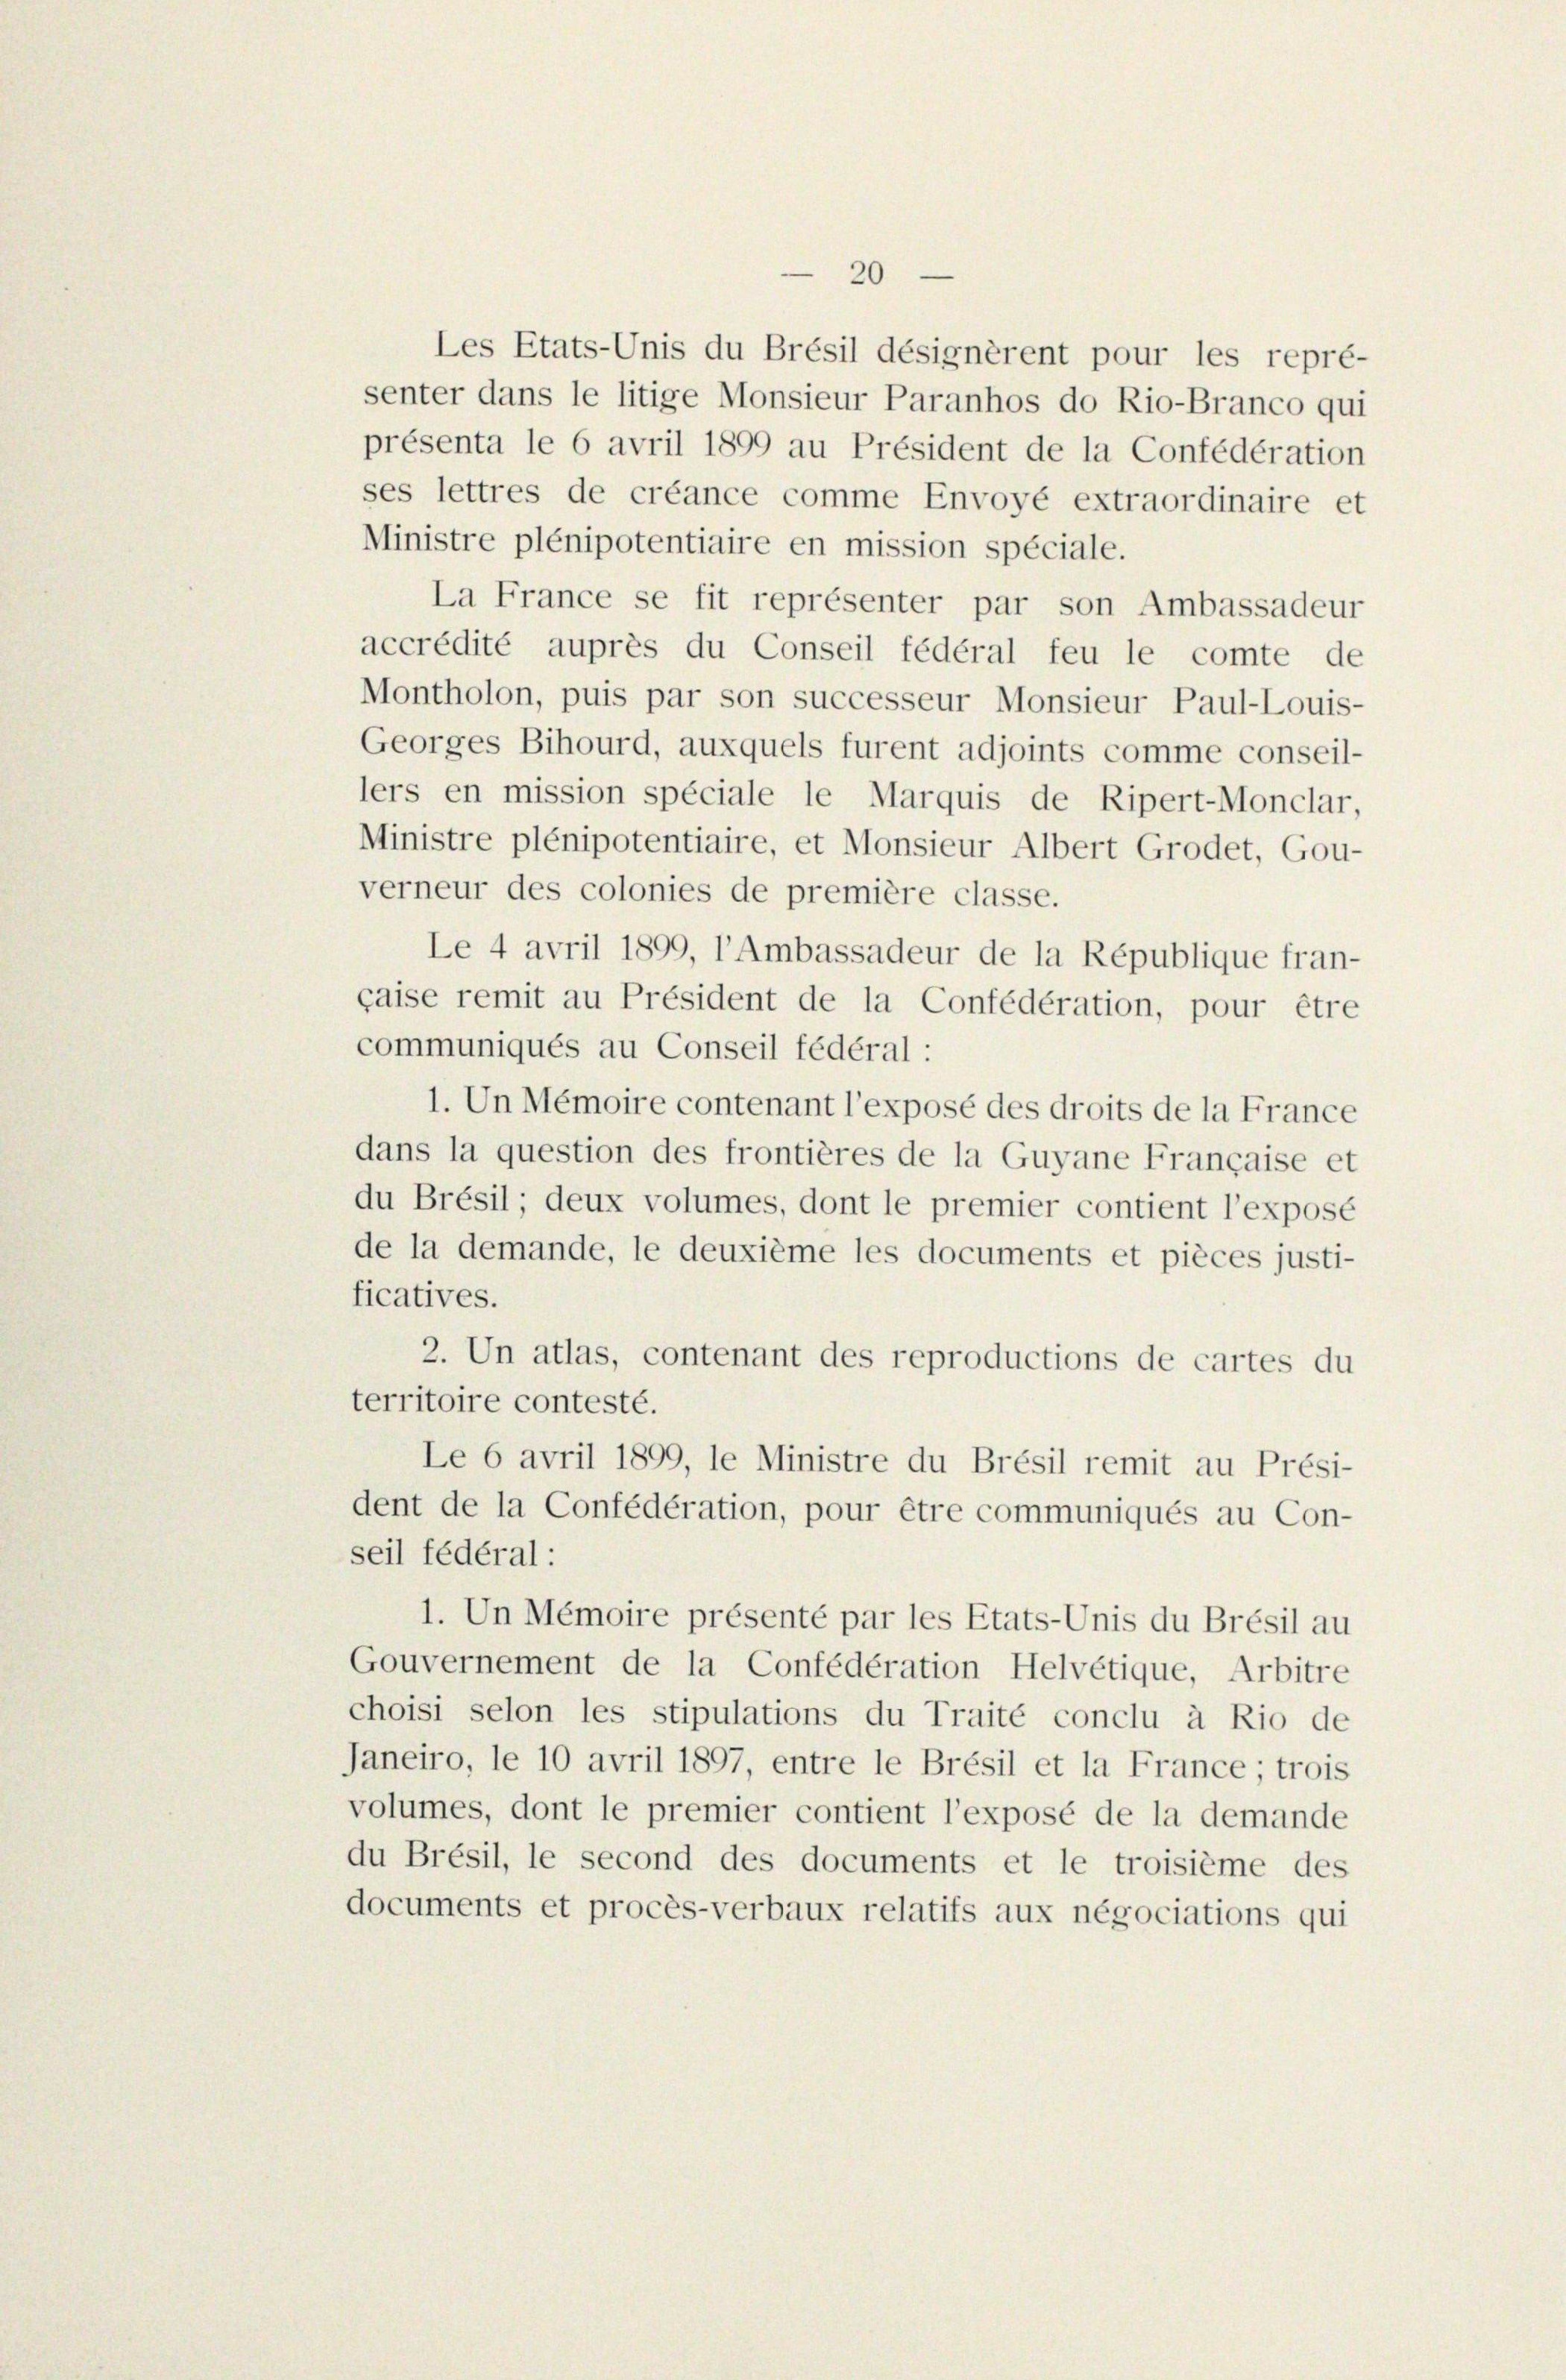
20

Les Etats-Unis du Brésil désignèrent pour les repré-
senter dans le litige Monsieur Paranhos do Rio-Branco qui
présenta le 6 avril 1899 au Président de la Confédération
ses lettres de créance comme Envoyé extraordinaire et
Ministre plénipotentiaire en mission spéciale.
La France se fit représenter par son Ambassadeur
accrédité auprès du Conseil fédéral feu le comte de
Montholon, puis par son successeur Monsieur Paul-Louis-
Georges Bihourd, auxquels furent adjoints comme conseil-
lers en mission spéciale le Marquis de Ripert-Monclar,
Ministre plénipotentiaire, et Monsieur Albert Grodet, Gou-
verneur des colonies de première classe.
Le 4 avril 1899, l’Ambassadeur de la République fran-
caise remit au Président de la Confédération, pour être
communiqués au Conseil fédéral :
1. Un Mémoire contenant l’exposé des droits de la France
dans la question des frontières de la Guyane Française et
du Brésil; deux volumes, dont le premier contient l’exposé
de la demande, le deuxième les documents et pièces justi-
ficatives.
2. Un atlas, contenant des reproductions de cartes du
territoire contesté.
Le 6 avril 1899, le Ministre du Brésil remit au Prési-
dent de la Confédération, pour être communiqués au Con-
seil fédéral:
1. Un Mémoire présenté par les Etats-Unis du Brésil au
Gouvernement de la Confédération Helvetique, Arbitre
choisi selon les stipulations du Traité conclu à Rio de
Janeiro, le 10 avril 1897, entre le Brésil et la France; trois
volumes, dont le premier contient l’exposé de la demande
du Brésil, le second des documents et le troisième des
documents et procès-verbaux relatifs aux négociations qui